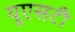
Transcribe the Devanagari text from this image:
यूएसटी